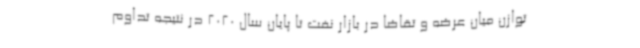
توازن میان عرضه و تقاضا در بازار نفت تا پایان سال 2020 در نتیجه تداوم